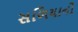
સળિયાનો